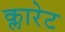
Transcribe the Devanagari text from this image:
क्लारेट